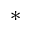
\ast